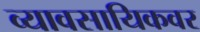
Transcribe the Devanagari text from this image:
व्यावसायिकवर